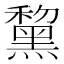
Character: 黧